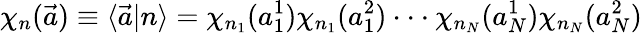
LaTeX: \chi_{n}(\vec{a})\equiv\langle\vec{a}\vert n\rangle=\chi_{n_{1}}(a_{1}^{1})\chi_{n_{1}}(a_{1}^{2})\cdot\cdot\cdot\chi_{n_{N}}(a_{N}^{1})\chi_{n_{N}}(a_{N}^{2})